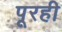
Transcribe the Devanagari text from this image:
पूरही